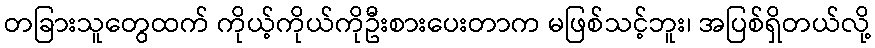
တခြားသူတွေထက် ကိုယ့်ကိုယ်ကိုဦးစားပေးတာက မဖြစ်သင့်ဘူး၊ အပြစ်ရှိတယ်လို့